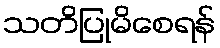
သတိပြုမိစေရန်